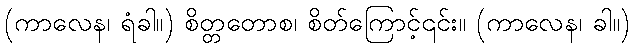
(ကာလေန၊ ရံခါ။) စိတ္တတောစ၊ စိတ်ကြောင့်၎င်း။ (ကာလေန၊ ခါ။)